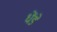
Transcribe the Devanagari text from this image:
धेंडे